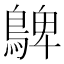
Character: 𪂃